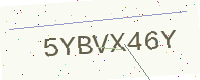
Text: 5YBVX46Y